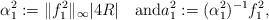
LaTeX: \begin{align*}\alpha_1^2&:=\|f_1^2\|_\infty |4R| \quad{\rm and}a_1^2:= (\alpha_1^2)^{-1} f_1^2,\end{align*}